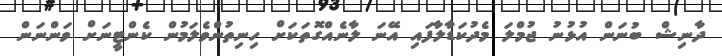
ދާނިޝް ބުނަން އުޅުނު ޖުމްލަ މެދުކަޑާލާފައި އޭނަ ލާނެއްގޮތަކަށް ހިނިތުންވެލަމުން ކެންޓީނަށް ވަންނަން